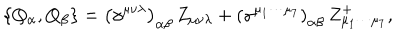
LaTeX: \left\{ Q _ { \alpha } , Q _ { \beta } \right\} = \left( \gamma ^ { \mu \nu \lambda } \right) _ { \alpha \beta } \, Z _ { \mu \nu \lambda } + \left( \gamma ^ { \mu _ { 1 } \cdots \mu _ { 7 } } \right) _ { \alpha \beta } \, Z _ { \mu _ { 1 } \cdots \mu _ { 7 } } ^ { + } ,